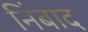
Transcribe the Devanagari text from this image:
निंबाद